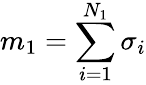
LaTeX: m_{1}=\sum_{i=1}^{N_{1}}\sigma_{i}